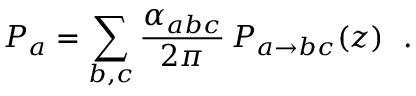
\d { \cal P } _ { a } = \sum _ { b , c } \frac { \alpha _ { a b c } } { 2 \pi } \, P _ { a \to b c } ( z ) \, \d t \, \d z ~ .